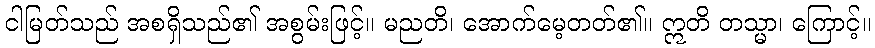
ငါမြတ်သည် အစရှိသည်၏ အစွမ်းဖြင့်။ မညတိ၊ အောက်မေ့တတ်၏။ ဣတိ တသ္မာ၊ ကြောင့်။